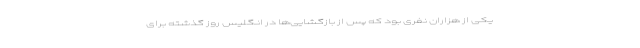
یکی از هزاران نفری بود که پس از بازگشایی‌ها در انگلیس روز گذشته برای